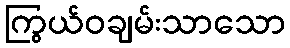
ကြွယ်ဝချမ်းသာသော